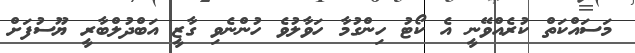
މަސައްކަތް ކުރެއްވޭނީ އެ ކޯޓު ހިންގުމާ ހަވާލުވެ ހުންނެވި ގާޒީ އަބްދުލްބާރީ ޔޫސުފަށް